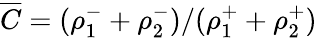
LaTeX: \overline{{C}}=(\rho_{1}^{-}+\rho_{2}^{-})/(\rho_{1}^{+}+\rho_{2}^{+})